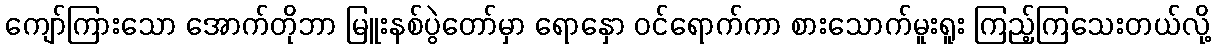
ကျော်ကြားသော အောက်တိုဘာ မြူးနစ်ပွဲတော်မှာ ရောနှော ဝင်ရောက်ကာ စားသောက်မူးရူး ကြည့်ကြသေးတယ်လို့